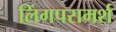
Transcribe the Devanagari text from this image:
लिंगपरामर्श